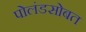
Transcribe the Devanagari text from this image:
पोलंडसोबत